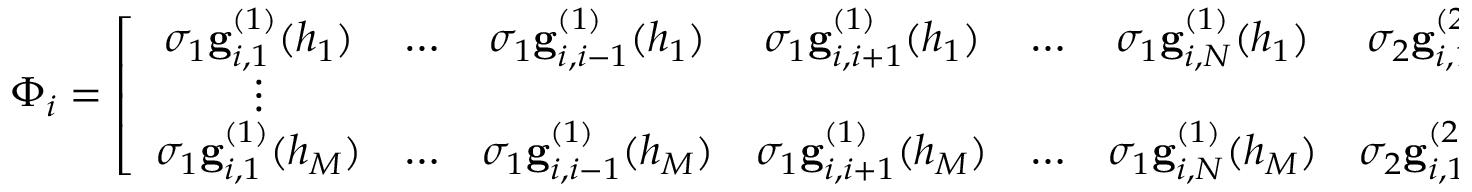
\Phi _ { i } = \left[ \begin{array} { c c c c c c c c c } { \sigma _ { 1 } \mathbf { g } _ { i , 1 } ^ { ( 1 ) } ( h _ { 1 } ) } & { \ldots } & { \sigma _ { 1 } \mathbf { g } _ { i , i - 1 } ^ { ( 1 ) } ( h _ { 1 } ) } & { \sigma _ { 1 } \mathbf { g } _ { i , i + 1 } ^ { ( 1 ) } ( h _ { 1 } ) } & { \ldots } & { \sigma _ { 1 } \mathbf { g } _ { i , N } ^ { ( 1 ) } ( h _ { 1 } ) } & { \sigma _ { 2 } \mathbf { g } _ { i , 1 , 2 } ^ { ( 2 ) } ( h _ { 1 } ) } & { \ldots } & { \sigma _ { D } \mathbf { g } _ { i , N - D + 1 , \ldots , N } ^ { ( D ) } ( h _ { 1 } ) } \\ { \vdots } & { } & { } & { } & { } & { } & { } & { } & { \vdots } \\ { \sigma _ { 1 } \mathbf { g } _ { i , 1 } ^ { ( 1 ) } ( h _ { M } ) } & { \ldots } & { \sigma _ { 1 } \mathbf { g } _ { i , i - 1 } ^ { ( 1 ) } ( h _ { M } ) } & { \sigma _ { 1 } \mathbf { g } _ { i , i + 1 } ^ { ( 1 ) } ( h _ { M } ) } & { \ldots } & { \sigma _ { 1 } \mathbf { g } _ { i , N } ^ { ( 1 ) } ( h _ { M } ) } & { \sigma _ { 2 } \mathbf { g } _ { i , 1 , 2 } ^ { ( 2 ) } ( h _ { M } ) } & { \ldots } & { \sigma _ { D } \mathbf { g } _ { i , N - D + 1 , \ldots , N } ^ { ( D ) } ( h _ { M } ) } \end{array} \right]